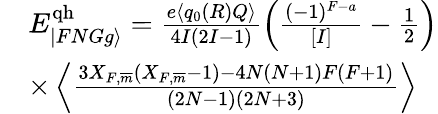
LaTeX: \begin{array}{rl}&{E_{|FNGg\rangle}^{\mathrm{qh}}=\frac{e\langle q_{0}(R)Q\rangle}{4I(2I-1)}\left(\frac{(-1)^{F-a}}{[I]}-\frac{1}{2}\right)}\\ &{\times\left\langle\frac{3X_{F,\overline{{m}}}(X_{F,\overline{{m}}}-1)-4N(N+1)F(F+1)}{(2N-1)(2N+3)}\right\rangle}\end{array}